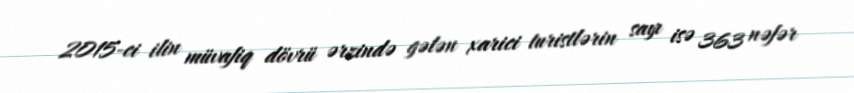
2015-ci ilin müvafiq dövrü ərzində gələn xarici turistlərin sayı isə 363 nəfər